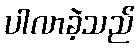
ပါလာခဲ့သည်